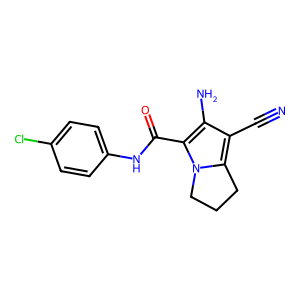
SMILES: N#Cc1c(N)c(C(=O)Nc2ccc(Cl)cc2)n2c1CCC2
Inhibits HIV replication: No